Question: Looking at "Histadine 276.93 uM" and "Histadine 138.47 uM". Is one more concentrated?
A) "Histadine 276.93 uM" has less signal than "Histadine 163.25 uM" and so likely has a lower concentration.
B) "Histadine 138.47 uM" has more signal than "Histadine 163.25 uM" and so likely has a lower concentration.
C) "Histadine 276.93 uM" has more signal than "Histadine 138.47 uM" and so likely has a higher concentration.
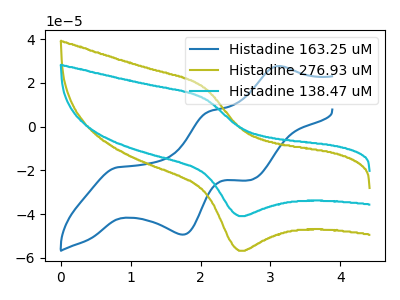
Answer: <think>The blue curve "Histadine 163.25 uM" has anodic peaks at (3.10V, 27.70uA) (2.10V, 6.75uA) and cathodic peaks at (0.80V, -18.65uA) (1.75V, -49.45uA) (2.70V, -24.45uA). The olive curve "Histadine 276.93 uM" has an anodic peak at (2.05V, 17.90uA) and a cathodic peak at (2.55V, -56.85uA). The cyan curve "Histadine 138.47 uM" has an anodic peak at (2.05V, 12.90uA) and a cathodic peak at (2.55V, -40.95uA).
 All the peaks in "Histadine 276.93 uM" have a peak in "Histadine 138.47 uM" at the same potential. Every peak in "Histadine 276.93 uM" is higher than every peak in "Histadine 138.47 uM".</think>
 <answer>C) "Histadine 276.93 uM" has more signal than "Histadine 138.47 uM" and so likely has a higher concentration.</answer>
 <eval>C</eval>